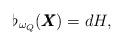
LaTeX: \begin{align*} \flat_{\omega_Q} (\pmb{X})=dH, \end{align*}